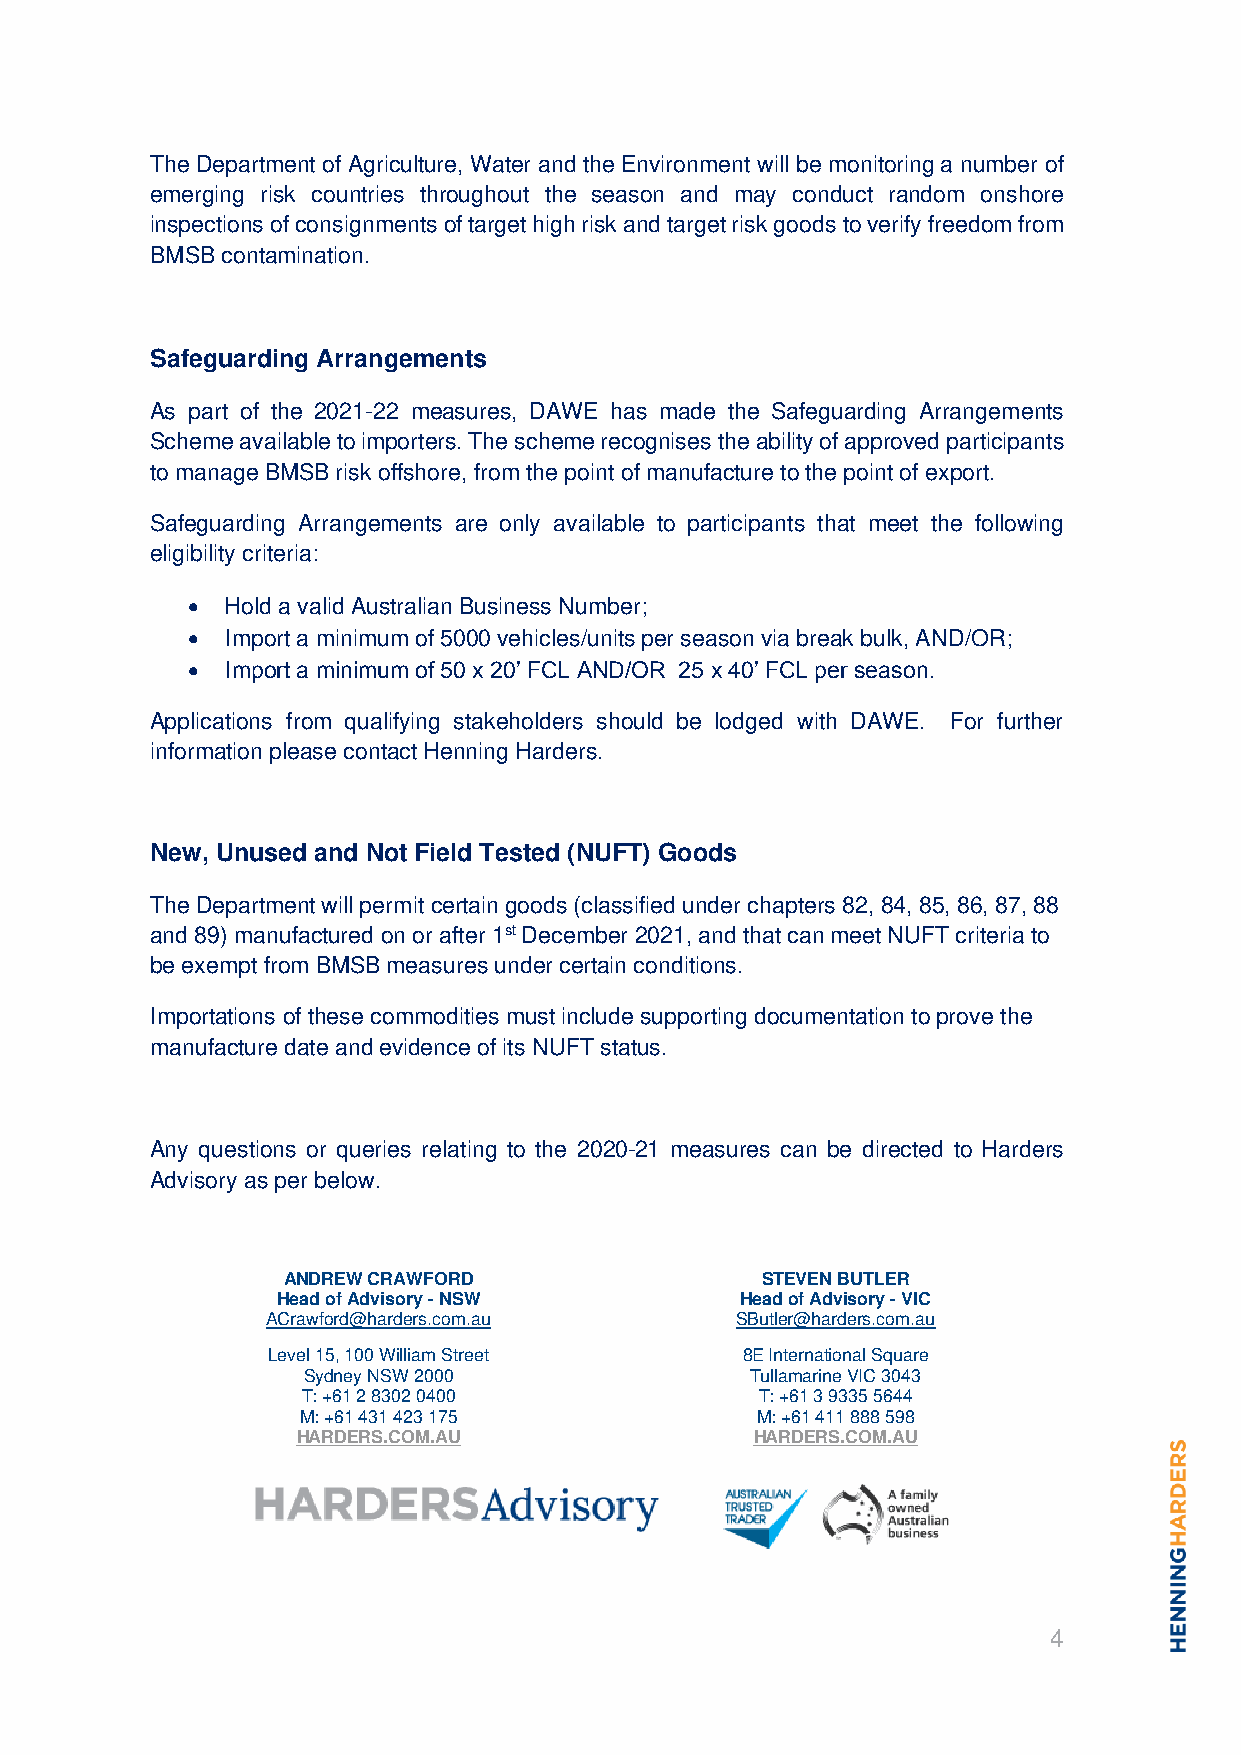
The Department of Agriculture, Water and the Environment will be monitoring a number of
 emerging risk countries throughout the season and may conduct random onshore
 inspections of consignments of target high risk and target risk goods to verify freedom from
 BMSB contamination.
 Safeguarding Arrangements
 As part of the 2021-22 measures, DAWE has made the Safeguarding Arrangements
 Scheme available to importers. The scheme recognises the ability of approved participants
 to manage BMSB risk offshore, from the point of manufacture to the point of export.
 Safeguarding Arrangements are only available to participants that meet the following
 eligibility criteria:
 •  Hold a valid Australian Business Number;
 •  Import a minimum of 5000 vehicles/units per season via break bulk, AND/OR;
 •  Import a minimum of 50 x 20’ FCL AND/OR 25 x 40’ FCL per season.
 Applications from qualifying stakeholders should be lodged with DAWE. For further
 information please contact Henning Harders.
 New, Unused and Not Field Tested (NUFT) Goods
 The Department will permit certain goods (classified under chapters 82, 84, 85, 86, 87, 88
 and 89) manufactured on or after 1st December 2021, and that can meet NUFT criteria to
 be exempt from BMSB measures under certain conditions.
 Importations of these commodities must include supporting documentation to prove the
 manufacture date and evidence of its NUFT status.
 Any questions or queries relating to the 2020-21 measures can be directed to Harders
 Advisory as per below.
 ANDREW CRAWFORD                STEVEN BUTLER
 Head of Advisory - NSW         Head of Advisory - VIC
 ACrawford@harders.com.au       SButler@harders.com.au
 Level 15, 100 William Street   8E International Square
 Sydney NSW 2000               Tullamarine VIC 3043
 T: +61 2 8302 0400            T: +61 3 9335 5644
 M: +61 431 423 175            M: +61 411 888 598
 HARDERS.COM.AU                HARDERS.COM.AU
 4